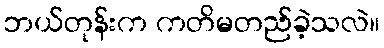
ဘယ်တုန်းက ကတိမတည်ခဲ့သလဲ။